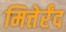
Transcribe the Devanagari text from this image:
मित्तेर्रंद